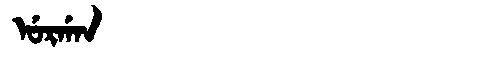
Manchu: ᡠᡵᡤᠠᠨ
Romanization: URGAN